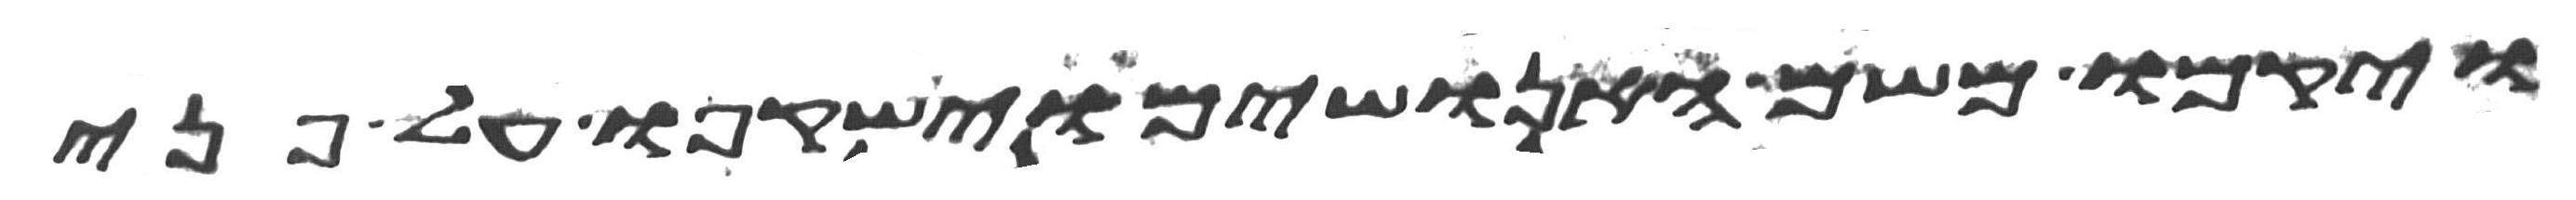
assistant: ויקמו משם האנושים וישקפו על פני